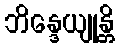
ဘိန္ဒေယျုန္တိ